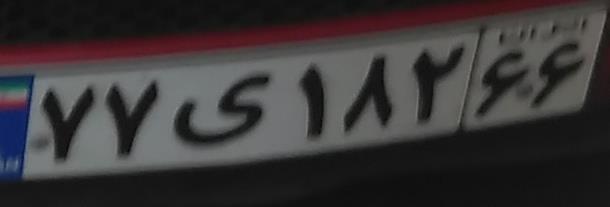
۷۷ی۱۸۲۶۶